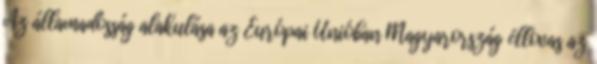
Az államadósság alakulása az Európai Unióban Magyarország éllovas az